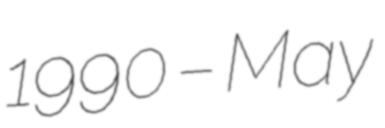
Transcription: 1990 – May